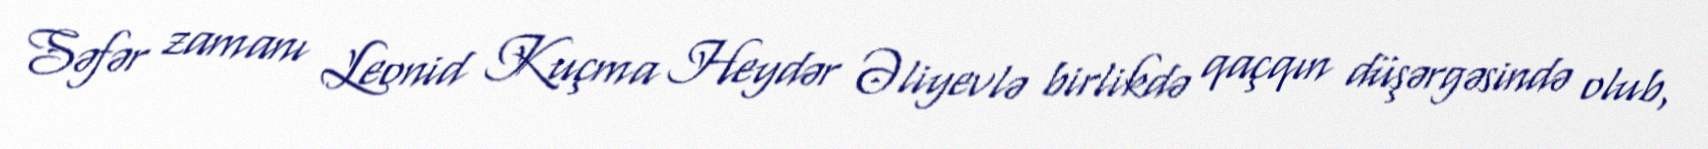
Səfər zamanı Leonid Kuçma Heydər Əliyevlə birlikdə qaçqın düşərgəsində olub,